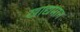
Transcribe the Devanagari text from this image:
खाद्यमान